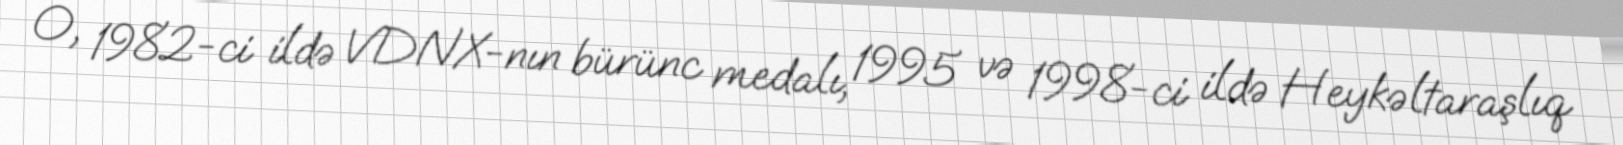
O, 1982-ci ildə VDNX-nın bürünc medalı, 1995 və 1998-ci ildə Heykəltaraşlıq